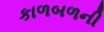
કાળબળની